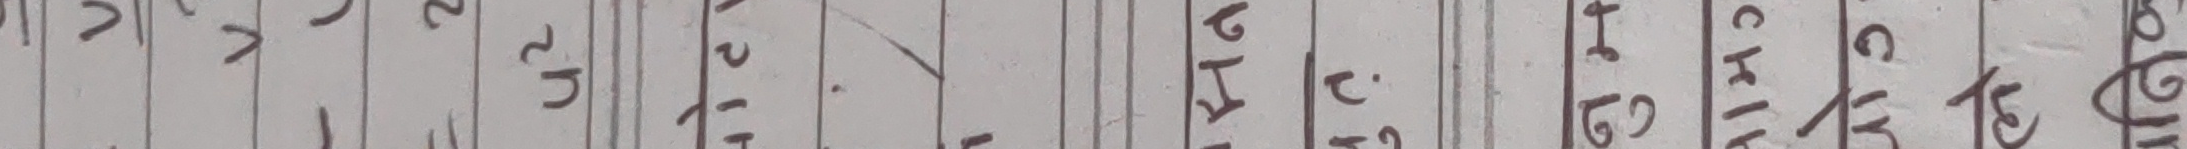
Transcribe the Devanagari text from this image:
णवल म१२ कख३ गघ४ चछ५ जझ६ टठ७ डढ८ णत९ थद० धनप फबभ मयर लवश षसह